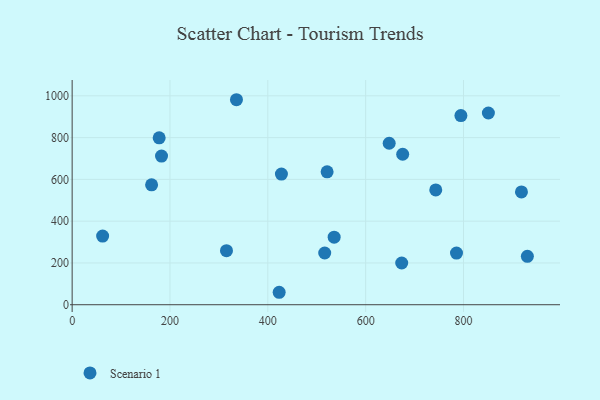
{"axis": {"x": "Price", "y": "Rating"}, "legend": ["Scenario 1"], "data": [{"x": "162.4", "y": 573.8, "type": "Scenario 1"}, {"x": "535.6", "y": 323.5, "type": "Scenario 1"}, {"x": "743.3", "y": 549.8, "type": "Scenario 1"}, {"x": "794.7", "y": 905.5, "type": "Scenario 1"}, {"x": "673.7", "y": 199.7, "type": "Scenario 1"}, {"x": "521.2", "y": 636.1, "type": "Scenario 1"}, {"x": "335.9", "y": 981.4, "type": "Scenario 1"}, {"x": "427.8", "y": 625.4, "type": "Scenario 1"}, {"x": "516.3", "y": 247.6, "type": "Scenario 1"}, {"x": "850.9", "y": 917.9, "type": "Scenario 1"}, {"x": "423.2", "y": 59.6, "type": "Scenario 1"}, {"x": "785.7", "y": 247.3, "type": "Scenario 1"}, {"x": "177.9", "y": 798.9, "type": "Scenario 1"}, {"x": "182.7", "y": 711.7, "type": "Scenario 1"}, {"x": "918.5", "y": 539.9, "type": "Scenario 1"}, {"x": "315.5", "y": 258.7, "type": "Scenario 1"}, {"x": "62.3", "y": 328.6, "type": "Scenario 1"}, {"x": "675.7", "y": 720.4, "type": "Scenario 1"}, {"x": "648.1", "y": 773.1, "type": "Scenario 1"}, {"x": "930.6", "y": 231.8, "type": "Scenario 1"}]}